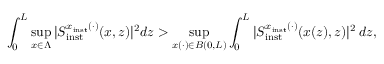
\int _ { 0 } ^ { L } \operatorname* { s u p } _ { x \in \Lambda } \vert S _ { \mathrm { i n s t } } ^ { x _ { \mathrm { i n s t } } ( \cdot ) } ( x , z ) \vert ^ { 2 } d z > \operatorname* { s u p } _ { x ( \cdot ) \in B ( 0 , L ) } \int _ { 0 } ^ { L } \vert S _ { \mathrm { i n s t } } ^ { x _ { \mathrm { i n s t } } ( \cdot ) } ( x ( z ) , z ) \vert ^ { 2 } \, d z ,